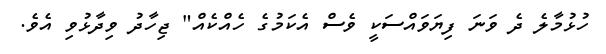
ހުޅުމާލެ ދެ ވަނަ ފިޔަވައްސަކީ ވެސް އެކަމުގެ ހެއްކެއް" ޖިހާދު ވިދާޅުވި އެވެ.